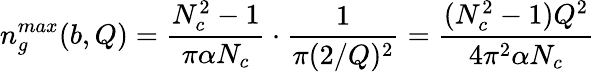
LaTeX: n_{g}^{max}(b,Q)={\frac{N_{c}^{2}-1}{\pi\alpha N_{c}}}\cdot{\frac{1}{\pi(2/Q)^{2}}}={\frac{(N_{c}^{2}-1)Q^{2}}{4\pi^{2}\alpha N_{c}}}